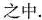
之中.